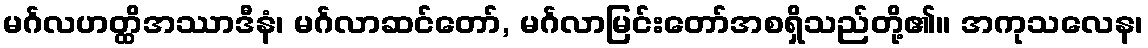
မင်္ဂလဟတ္ထိအဿာဒီနံ၊ မင်္ဂလာဆင်တော်, မင်္ဂလာမြင်းတော်အစရှိသည်တို့၏။ အကုသလေန၊